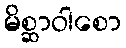
မိစ္ဆာဝါစော